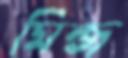
মিন্জ